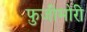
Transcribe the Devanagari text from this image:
फ़ुजीमोरी